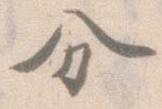
分